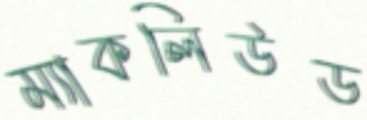
ম্যাকলিউড